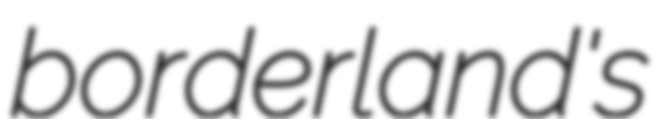
borderland's